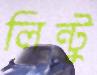
লিন্টু